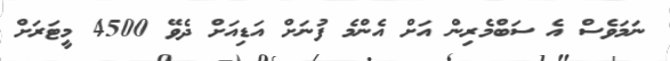
ނަމަވެސް އެ ސަބްމެރިން އަށް އެންމެ ފުނަށް އަޑިއަށް ދެވޭ 4500 މީޓަރަށް